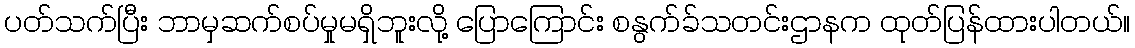
ပတ်သက်ပြီး ဘာမှဆက်စပ်မှုမရှိဘူးလို့ ပြောကြောင်း စနွက်ခ်သတင်းဌာနက ထုတ်ပြန်ထားပါတယ်။